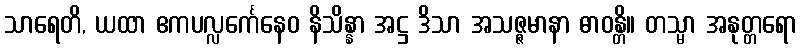
သာရေတိ, ယထာ ဧကပလ္လင်္ကေနေဝ နိသိန္နာ အဋ္ဌ ဒိသာ အသဇ္ဇမာနာ ဓာဝန္တိ။ တသ္မာ အနုတ္တရော